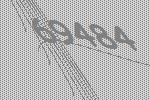
69484